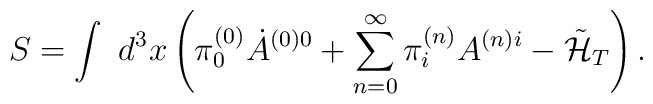
S=\int \ d^3x \left( \pi^{(0)}_0\dot{A}^{(0)0}             +\sum^{\infty}_{n=0}\pi^{(n)}_iA^{(n)i}             -\tilde{\cal H}_T \right).